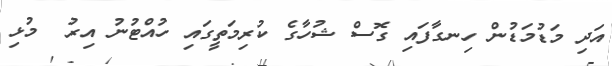
އަދި މަޑުމަޑުން ހިނގާފައި ގޮސް ޝުހާގެ ކުރިމަތީގައި ހުއްޓުނު އިރު  މުޅި